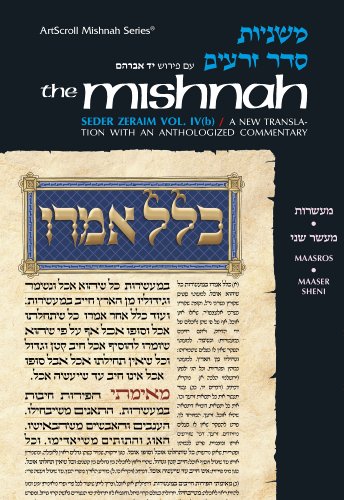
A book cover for Seder Zeraim: Maasros/Sheni; Rabbi Mordecai Rabinovitch; Religion & Spirituality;